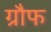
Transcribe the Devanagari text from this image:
ग्रौफ